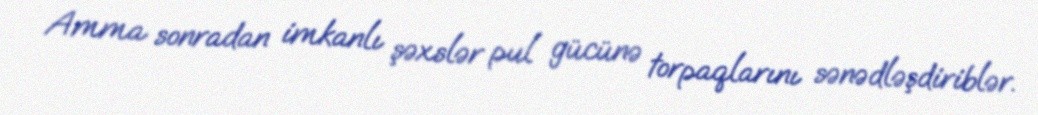
Amma sonradan imkanlı şəxslər pul gücünə torpaqlarını sənədləşdiriblər.